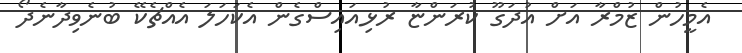
އެމީހުން ޒުމްރާ އަށް އުދަގޫ ކުރަންޏާ ރުޅިއައިސްގެން އެކަހަލަ އެއްޗެކޭ ބުނެވިދާނެދޯ